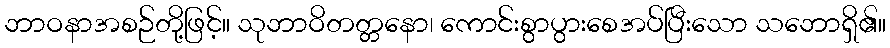
ဘာဝနာအစဉ်တို့ဖြင့်။ သုဘာဝိတတ္တနော၊ ကောင်းစွာပွားစေအပ်ပြီးသော သဘောရှိ၏။